Leaving Certificate Examination, 1905
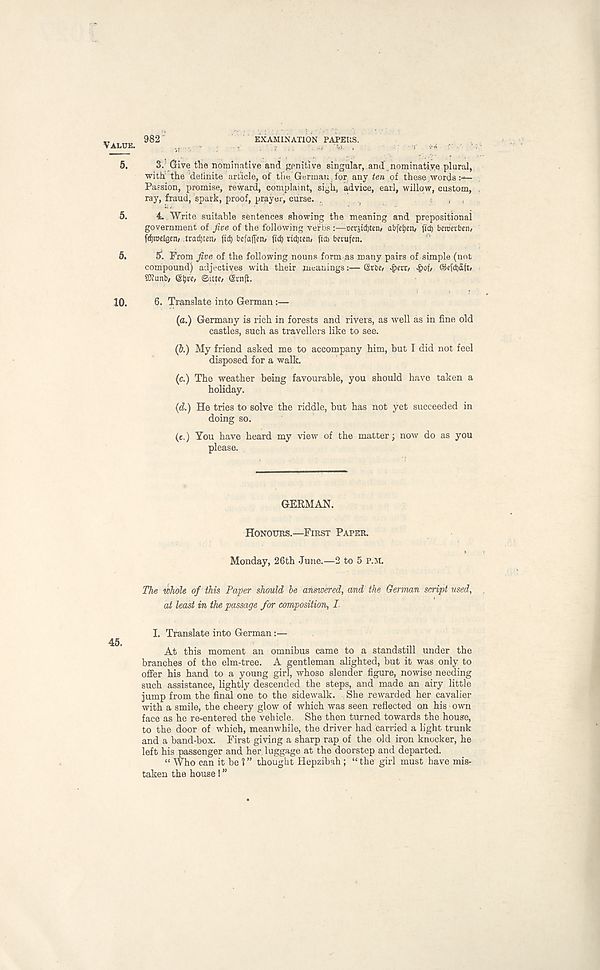
Value. 982
EXAMINATION PAPEUS,
5. 3. Give tile nominative and genitive singular, and nominative plural,
with the detinite article, of the. German , for any ten of these words
Passion, promise, reward, complaint, sigh, advice, earl, willow, custom,
ray, fraud, spark, proof, prayer, curse. .
,
5.
4. Write suitable sentences showing the meaning and prepositional
government of Jive of the following verbs :—oerjM)ten/ abfetjeti/ ftcb beicerbcn,
fdjiDetgen, tradjten, fid) bcfaffen/ fid) rtd)ten, fid) berufen.
5.
5*. From Jive of the following nouns form as many pairs of simple (not
compound) adjectives with their meanings:— Gsrbe/ ^>err, £of/ ©efdjaft/
501unb/
©ittf/ @rnji.
10. 6. Translate into German:—
(a.) Germany is rich in forests and rivers, as well as in fine old
castles, such as travellers like to see.
(p.) My friend asked me to accompany him, but I did not feel
disposed for a walk
(c.) The weather being favourable, you should have taken a
holiday.
(d.) He tries to solve the riddle, but has not yet succeeded in
doing so.
(e.) You have heard my view of the matter; now do as you
please.
GERMAN.
Honours.—First Paper.
Monday, 26th June.—2 to 5 P.M.
The whole of this Paper should be answered, and the German script used,
at least in the passage for composition, I.
I. Translate into German:—
At this moment an omnibus came to a standstill under the
branches of the elm-tree. A gentleman alighted, but it was only to
offer his hand to a young girl, whose slender figure, nowise needing
such assistance, lightly descended the steps, and made an airy little
jump from the final one to the sidewalk. She rewarded her cavalier
with a smile, the cheery glow of which was seen reflected on his own
face as he re-entered the vehicle. She then turned towards the house,
to the door of which, meanwhile, the driver had carried a light trunk
and a band-box. First giving a sharp rap of the old iron knocker, he
left his passenger and her luggage at the doorstep and departed.
“ Who can it be ? ” thought Hepzibah; “ the girl must have mis-
taken the house!”